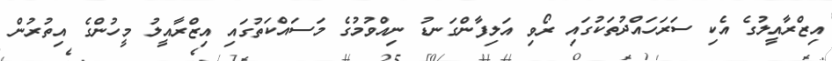
އިޒްރާއީލުގެ އެކި ސަރަހައްދުތަކުގައި ރޯވި އަލިފާންގަނޑު ނިއްވުމުގެ މަސައްކަތުގައި އިޒްރާއީލު މީހުންގެ އިތުރުން